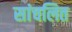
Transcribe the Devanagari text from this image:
सांचलित